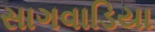
સાગવાડિયા